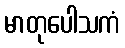
မာတုပေါသကံ